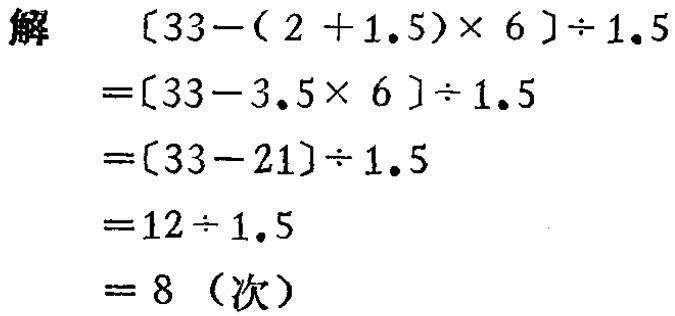
\[
\begin{align*}
&[33 - (2 + 1.5)\times6]\div1.5\\
=&[33 - 3.5\times6]\div1.5\\
=&[33 - 21]\div1.5\\
=&12\div1.5\\
=&8 \text{（次）}
\end{align*}
\]